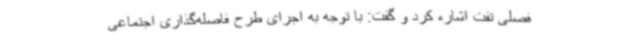
فصلی تفت اشاره کرد و گفت: با توجه به اجرای طرح فاصله‌گذاری اجتماعی